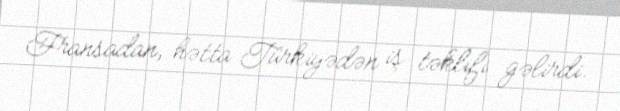
Fransadan, hətta Türkiyədən iş təklifi gəlirdi.